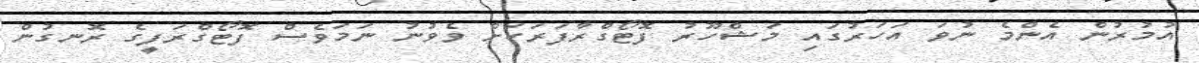
އުމުރުން އެންމެ ނުވަ އަހަރުގައި މަޝްހޫރު ފޮޓޯގްރާފަރަކަށް ވެވުނު ނަމަވެސް ފޮޓޯގްރަފީގެ ރޮނގުން